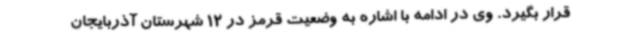
قرار بگیرد. وی در ادامه با اشاره به وضعیت قرمز در 12 شهرستان آذربایجان